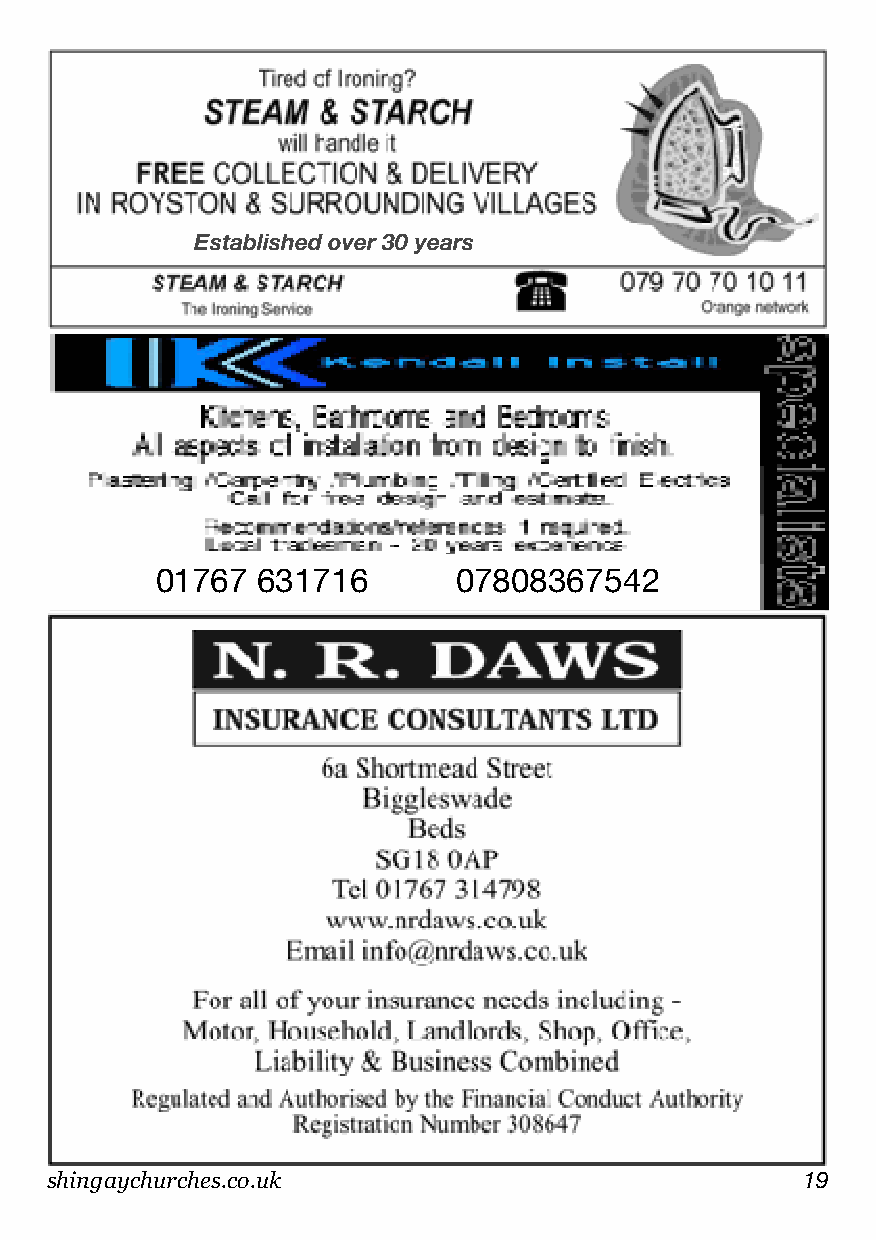
Established over 30 years
 01767  631716       07808367542
 shingaychurches.co.uk                             19